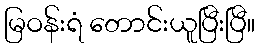
မြဝန်းရံ တောင်းယူပြီးပြီ။